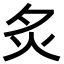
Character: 𬉹